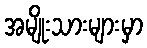
အမျိုးသားများမှာ